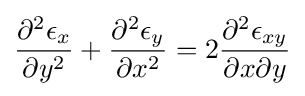
{\frac {\partial ^{2}\epsilon _{x}}{\partial y^{2}}}+{\frac {\partial ^{2}\epsilon _{y}}{\partial x^{2}}}=2{\frac {\partial ^{2}\epsilon _{xy}}{\partial x\partial y}}